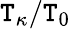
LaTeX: \mathtt{T}_{\kappa}/\mathtt{T}_{0}